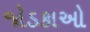
જોડકાઓ